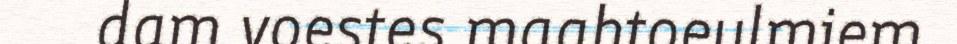
dam voestes maahtoeulmiem